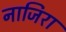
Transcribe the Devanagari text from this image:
नाजिरा